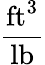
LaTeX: \frac{\mathrm{ft^{3}}}{\mathrm{lb}}